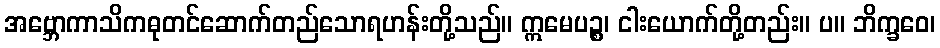
အဗ္ဘောကာသိကဓုတင်ဆောက်တည်သောရဟန်းတို့သည်။ ဣမေပဉ္စ၊ ငါးယောက်တို့တည်း။ ပ။ ဘိက္ခဝေ၊